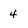
Character: 4